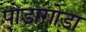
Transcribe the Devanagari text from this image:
पोडागोड़ा